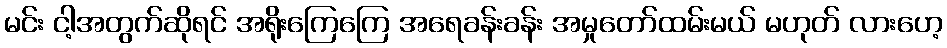
မင်း ငါ့အတွက်ဆိုရင် အရိုးကြေကြေ အရေခန်းခန်း အမှုတော်ထမ်းမယ် မဟုတ် လားဟေ့